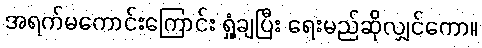
အရက်မကောင်းကြောင်း ရှုံ့ချပြီး ရေးမည်ဆိုလျှင်ကော။